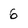
Character: 6